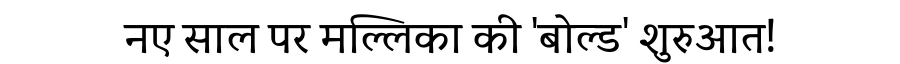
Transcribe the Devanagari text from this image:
नए साल पर मल्लिका की 'बोल्ड' शुरुआत!